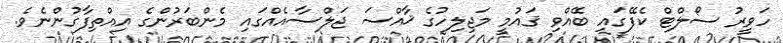
ހަވީރު ސޯލްޓް ކެފޭގައި ބޭއްވި ޤައުމީ މަޖިލިހުގެ ޚާއްސަ ޖަލްސާއެއްގައި މެންބަރުންގެ އިއްތިފާގުންނެވެ.